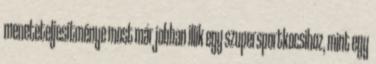
meneteteljesítménye most már jobban illik egy szupersportkocsihoz, mint egy